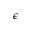
\epsilon